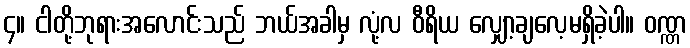
၄။ ငါတို့ဘုရားအလောင်းသည် ဘယ်အခါမှ လုံ့လ ဝီရိယ လျှော့ချလေ့မရှိခဲ့ပါ။ ဝဏ္ဏ